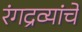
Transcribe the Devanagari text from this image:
रंगद्रव्यांचे